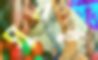
সুবহ